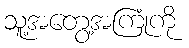
သူ့အတွေ့အကြုံကို